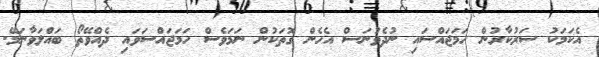
އެކަމަކު ސަރުކާރުން ހަމަޖައްސައި ނުދެވުނަސް އެހެން ގޮތަކުން ނަމަވެސް ހަމަޖައްސަވައި ދެއްވޭތޯ ބައްލަވާނަމޭ.